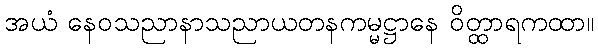
အယံ နေဝသညာနာသညာယတနကမ္မဋ္ဌာနေ ဝိတ္ထာရကထာ။